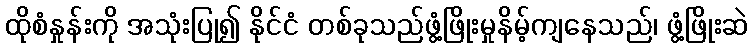
ထိုစံနှုန်းကို အသုံးပြု၍ နိုင်ငံ တစ်ခုသည်ဖွံ့ဖြိုးမှုနိမ့်ကျနေသည်၊ ဖွံ့ဖြိုးဆဲ